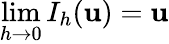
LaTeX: \operatorname*{lim}_{h\rightarrow 0}I_{h}(\mathbf{u})=\mathbf{u}